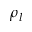
\rho _ { l }